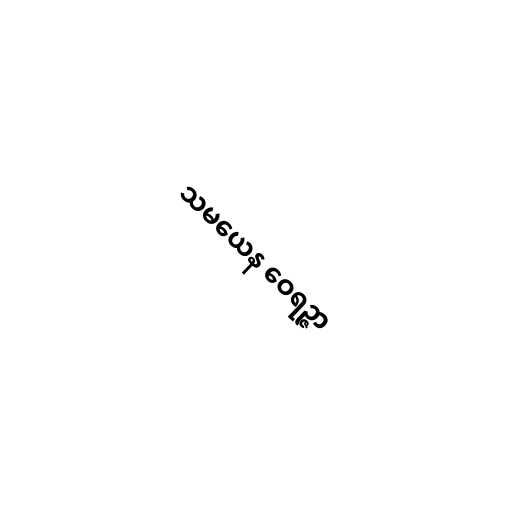
သမယေန ဝေရဉ္ဇာ